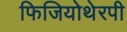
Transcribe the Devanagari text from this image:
फिजियोथेरपी